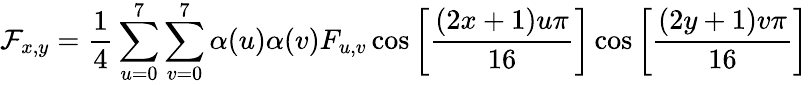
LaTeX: \mathcal{F}_{x,y}={\frac{{1}}{{4}}}\sum_{u=0}^{7}\sum_{v=0}^{7}\alpha(u)\alpha(v)F_{u,v}\cos\left[{\frac{{(2x+1)u\pi}}{{16}}}\right]\cos\left[{\frac{{(2y+1)v\pi}}{{16}}}\right]